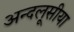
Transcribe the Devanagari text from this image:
अन्दलूसीया